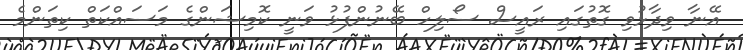
އޭނާ ވިދާޅުވި ގޮތުގައި ރައީސް ސޯލިހް ބޭނުންފުޅު ވަނީ ކޮމިޝަންގެ މަސައްކަތް ކިތަންމެ